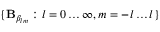
\{ \mathbf { B } _ { \beta _ { l m } } : l = 0 \ldots \infty , m = - l \ldots l \}